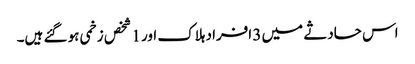
اس حادثے میں 3 افراد ہلاک اور 1 شخص زخمی ہو گئے ہیں۔